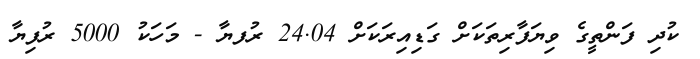
ކުދި ފަންތީގެ ވިޔަފާރިތަކަށް ގަޑިއިރަކަށް 24.04 ރުފޔާ - މަހަކު 5000 ރުފިޔާ